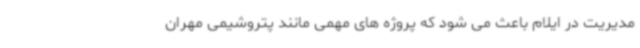
مدیریت در ایلام باعث می شود که پروژه های مهمی مانند پتروشیمی مهران